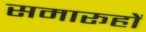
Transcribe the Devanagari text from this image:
समारूहों